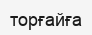
торғайға